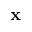
{ \bf x }